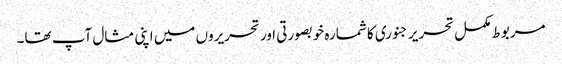
مربوط مکمل تحریر جنوری کا شمارہ خوبصورتی اور تحریروں میں اپنی مثال آپ تھا۔